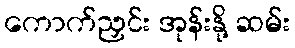
ကောက်ညှင်း အုန်းနို့ ဆမ်း